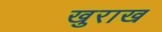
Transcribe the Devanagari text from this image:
खुराख